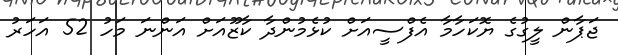
ޖަޕާން ލީގުގެ ޔޮކަހާމާ އެފްސީއަށް ކުޅެމުންދާ ކާޒޫއަށް އަންނަ މަހު 52 އަހަރު